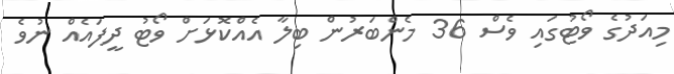
މިއަދުގެ ވޯޓުގައި ވެސް 36 މެންބަރުން ބިލާ އެއްކޮޅަށް ވޯޓު ދީފައެއް ނުވެ